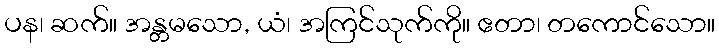
ပန၊ ဆက်။ အန္တမသော, ယံ၊ အကြင်သုက်ကို။ ဧတာ၊ တကောင်သော။